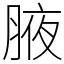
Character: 腋